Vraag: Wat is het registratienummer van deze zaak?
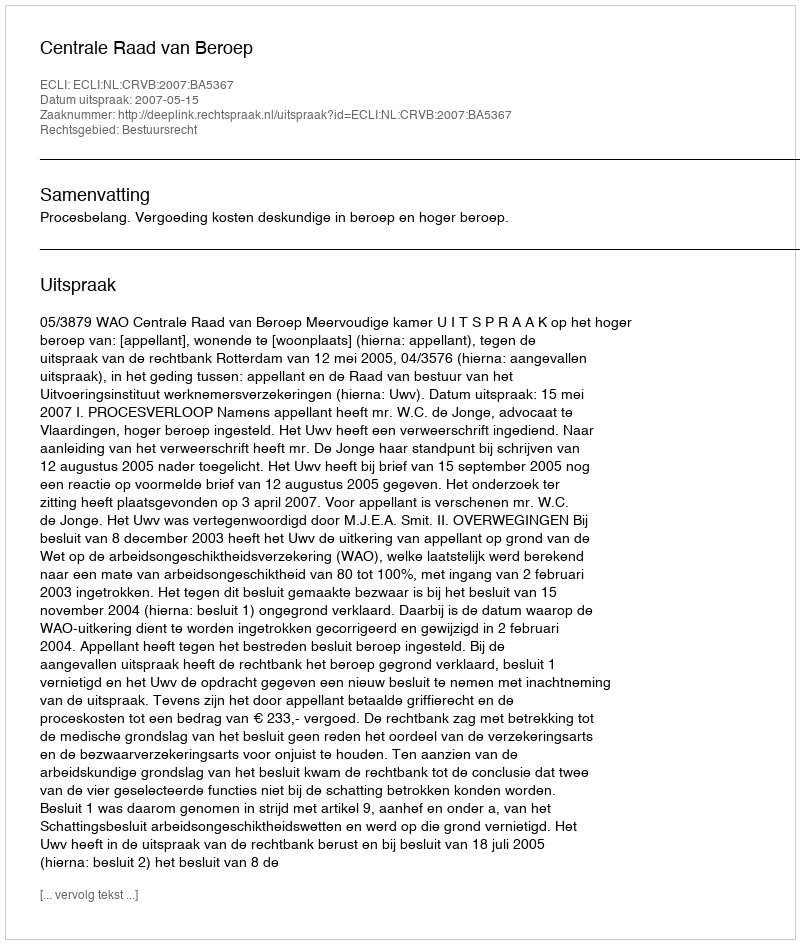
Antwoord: http://deeplink.rechtspraak.nl/uitspraak?id=ECLI:NL:CRVB:2007:BA5367